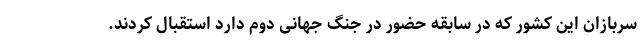
سربازان این کشور که در سابقه حضور در جنگ جهانی دوم دارد استقبال کردند.